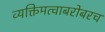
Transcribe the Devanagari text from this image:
व्यक्तिमत्वाबरोबरच